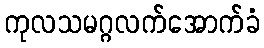
ကုလသမဂ္ဂလက်အောက်ခံ